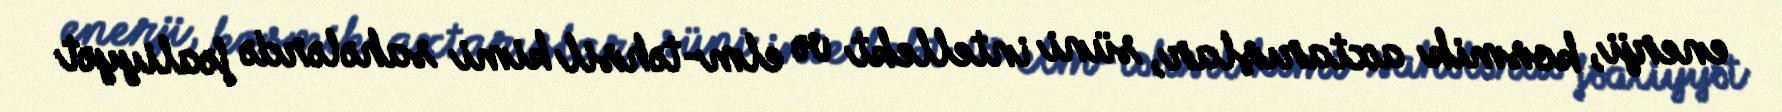
enerji, kosmik axtarışlar, süni intellekt və elm-təhsil kimi sahələrdə fəaliyyət